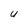
Character: u